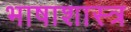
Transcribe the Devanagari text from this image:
भाषाशास्‍त्र